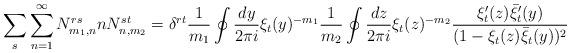
LaTeX: \begin{align*}\sum_{s} \sum_{n=1}^{\infty} N^{rs}_{m_1,n} n N^{st}_{n,m_2}= \delta^{rt} \frac{1}{m_1} \oint \frac{dy}{2 \pi i} \xi_t(y)^{-m_1}\frac{1}{m_2} \oint \frac{dz}{2 \pi i} \xi_t(z)^{-m_2}\frac{\xi_t'(z)\bar{\xi}_t'(y)}{(1 - \xi_t(z)\bar{\xi}_t(y))^2}\end{align*}